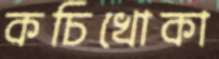
কচিখোকা